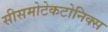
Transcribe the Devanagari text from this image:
सीसमोटेकटोनिक्‍स